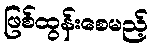
ဖြစ်ထွန်းစေမည့်